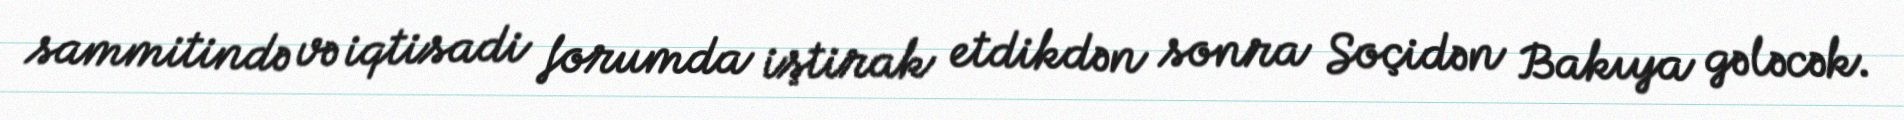
sammitində və iqtisadi forumda iştirak etdikdən sonra Soçidən Bakıya gələcək.